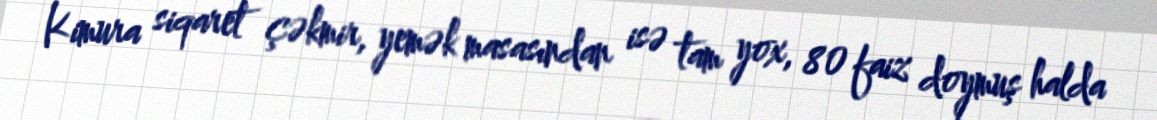
Kimura siqaret çəkmir, yemək masasından isə tam yox, 80 faiz doymuş halda